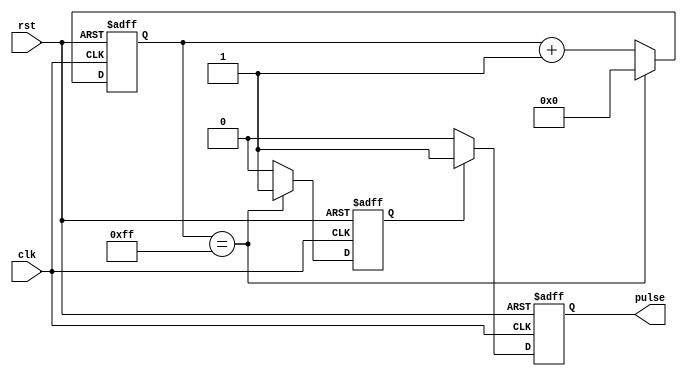
module PulseGenerator(
    input wire clk,
    input wire rst,
    output reg pulse
);

reg [7:0] counter;
reg generate_pulse;

always @ (posedge clk or posedge rst) begin
    if (rst) begin
        counter <= 8'd0;
        generate_pulse <= 1'b0;
        pulse <= 1'b0;
    end else begin
        if (counter == 8'd255) begin
            counter <= 8'd0;
            generate_pulse <= 1'b1;
        end else begin
            counter <= counter + 8'd1;
            generate_pulse <= 1'b0;
        end
        
        if (generate_pulse) begin
            pulse <= 1'b1;
        end else begin
            pulse <= 1'b0;
        end
    end
end

endmodule